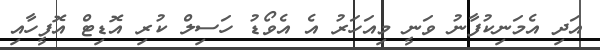
އަދި އެމަނިކުފާނު ވަނީ މިއަހަރު އެ އެވޯޑު ހަސިލް ކުރި އޮޑިޓް އޮފީހާއި